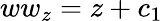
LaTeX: ww_{z}=z+c_{1}